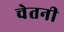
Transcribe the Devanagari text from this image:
चेतनी